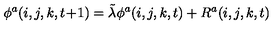
\phi ^ { a } ( i , j , k , t \! + \! 1 ) = \tilde { \lambda } \phi ^ { a } ( i , j , k , t ) + R ^ { a } ( i , j , k , t )